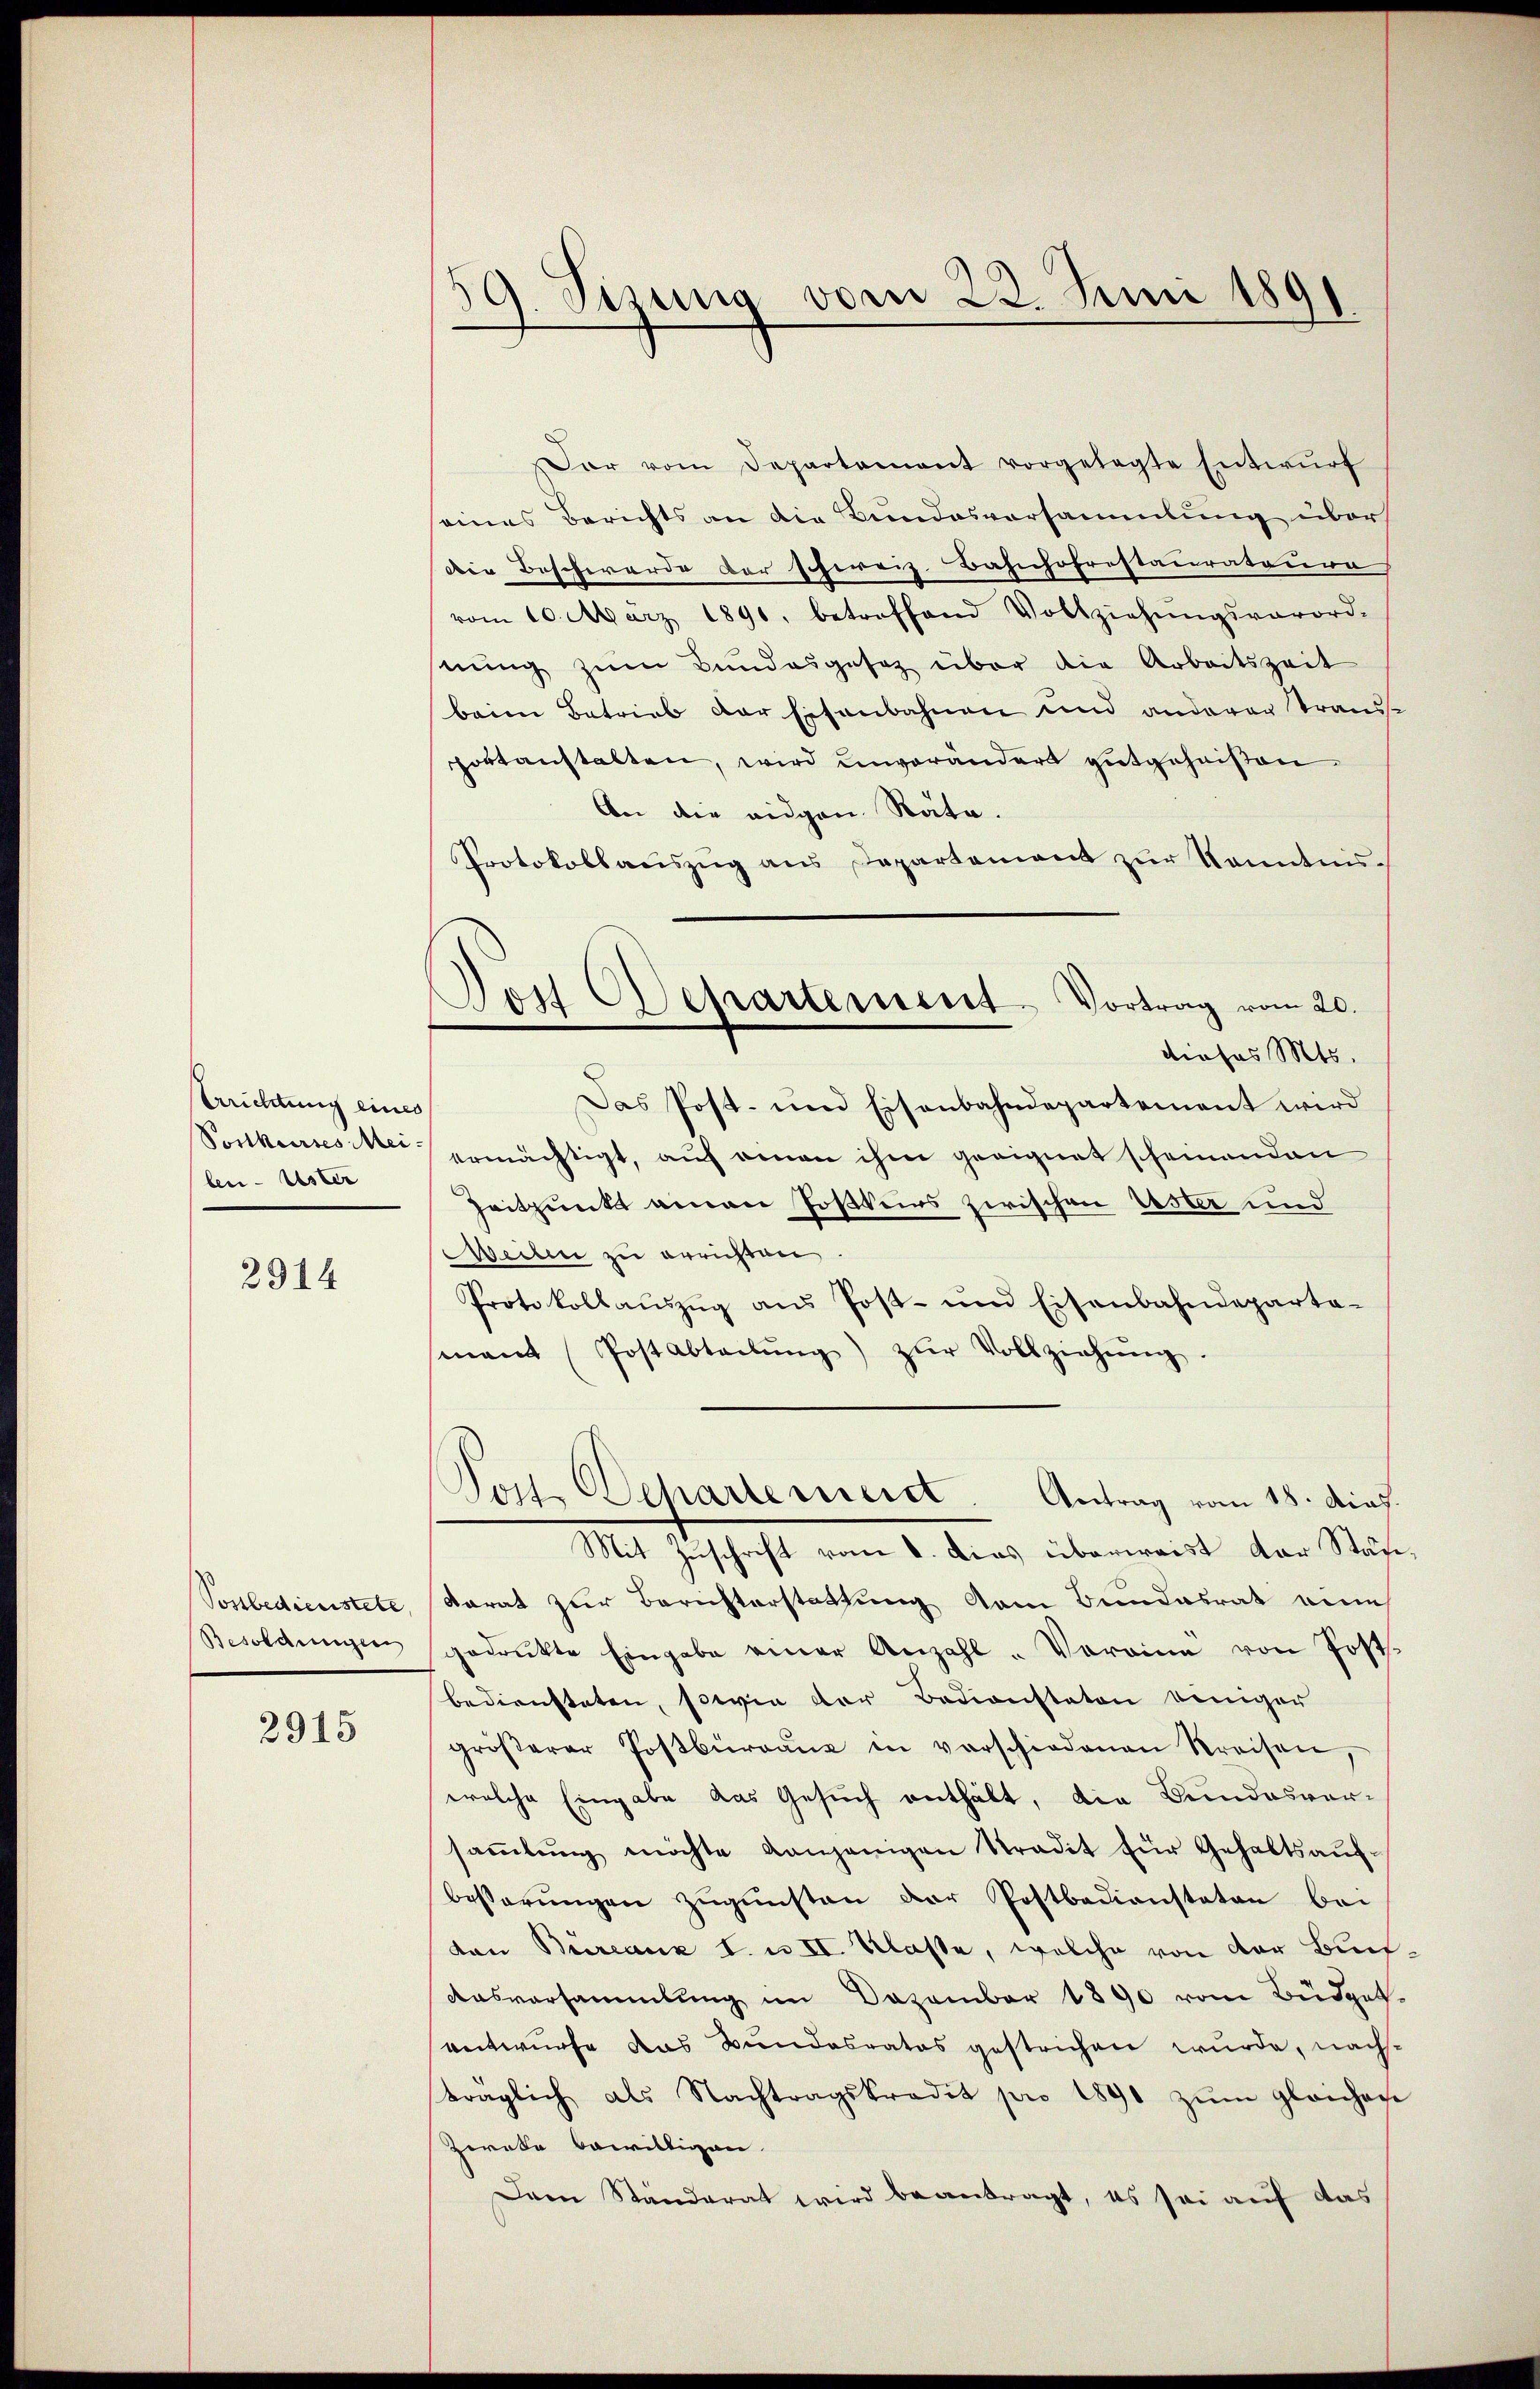
Errichtung eines
Vonkurses Mei-
ber-Uster

2914

Postbedienstete,
Besoldungen

2915

59. Sizung vom 23. Juni 1891

Dar vom Departement vorgelegte Entwŭrf
seines Berichts an die Bundesversammlung über
Die Beschwerde der schweiz. Bahnhofrestaurateure
vom 10. März 1891, betreffend Vollziehŭngsverord-
nung zum Bundesgesetz über die Arbeitszeit
beim Betrieb der Eisenbahnen und anderer Trauss
portanstalten, wird unverändert gutgeheißen.
An die eidgen Räte.
Protokollaŭszŭg ans Departement zŭr Kenntnis-
dieses Mts.
Das Post- und Eisenbahndepartement wird
ermächtigt, auf einen ihm geeignet scheinenden
Zeitpunkt einen Posters zwischen Uster und
Weilen zu errichten
Protokollaŭszŭg aŭs Post- und Eisenbahndeparta-
sment (Post Abteilŭng zŭr Vollziehŭng.
Post. Scharterrieret. Antrag vom 18. dies.
Mit Zuschrift vom 8. dies überweist der Stänkarat zur Berichterstattung dem Bundesrat eines
gedrukte Eingabe einer Anzahl - Voraine von Postbediensteten, sowie der Bedienstaton weniger
gröβerer Postbüraŭs in vorschiedenen Kreisen,
welche Eingabe das Gesuch enthält, die Bundesvorsaṁlŭng möchte anjenigen Stradit für Gehaltsauf-
besserŭngen zŭgŭnsten der Postbedienstaten bei
von Bureaux l. u. II. Klasse, welche von der Buch¬
Ausversammlung im Dezember 1890 vom Büdget-
entwurfe das Bundesrates gestrichen wurde, nachträglich als Nachtragskredit pro 1891 zŭm gleichen
Zweke bewilligen
Dem Ständerat wird beantragt, es sei auf das

Jost Achartement. Vortrag vom 20.